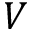
V